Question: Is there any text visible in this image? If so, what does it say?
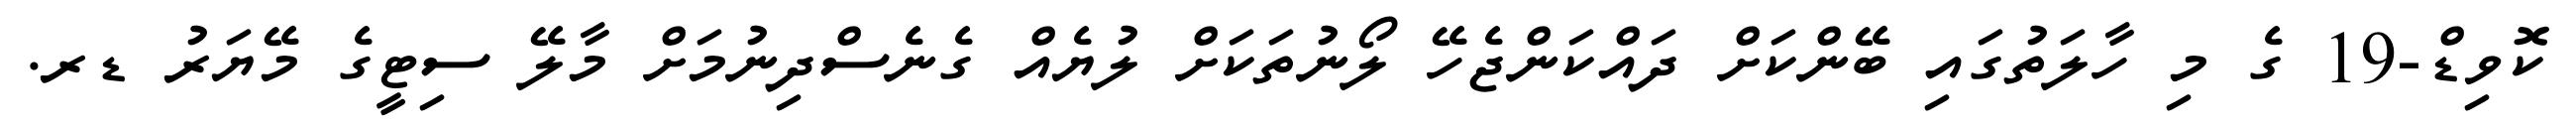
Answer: ކޮވިޑް-19 ގެ މި ހާލަތުގައި ބޭންކަށް ދައްކަންޖެހޭ ލޯނުތަކަށް ލުޔެއް ގެނެސްދިނުމަށް މާލޭ ސިޓީގެ މޭޔަރު ޑރ.